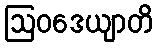
ဩဝဒေယျာတိ